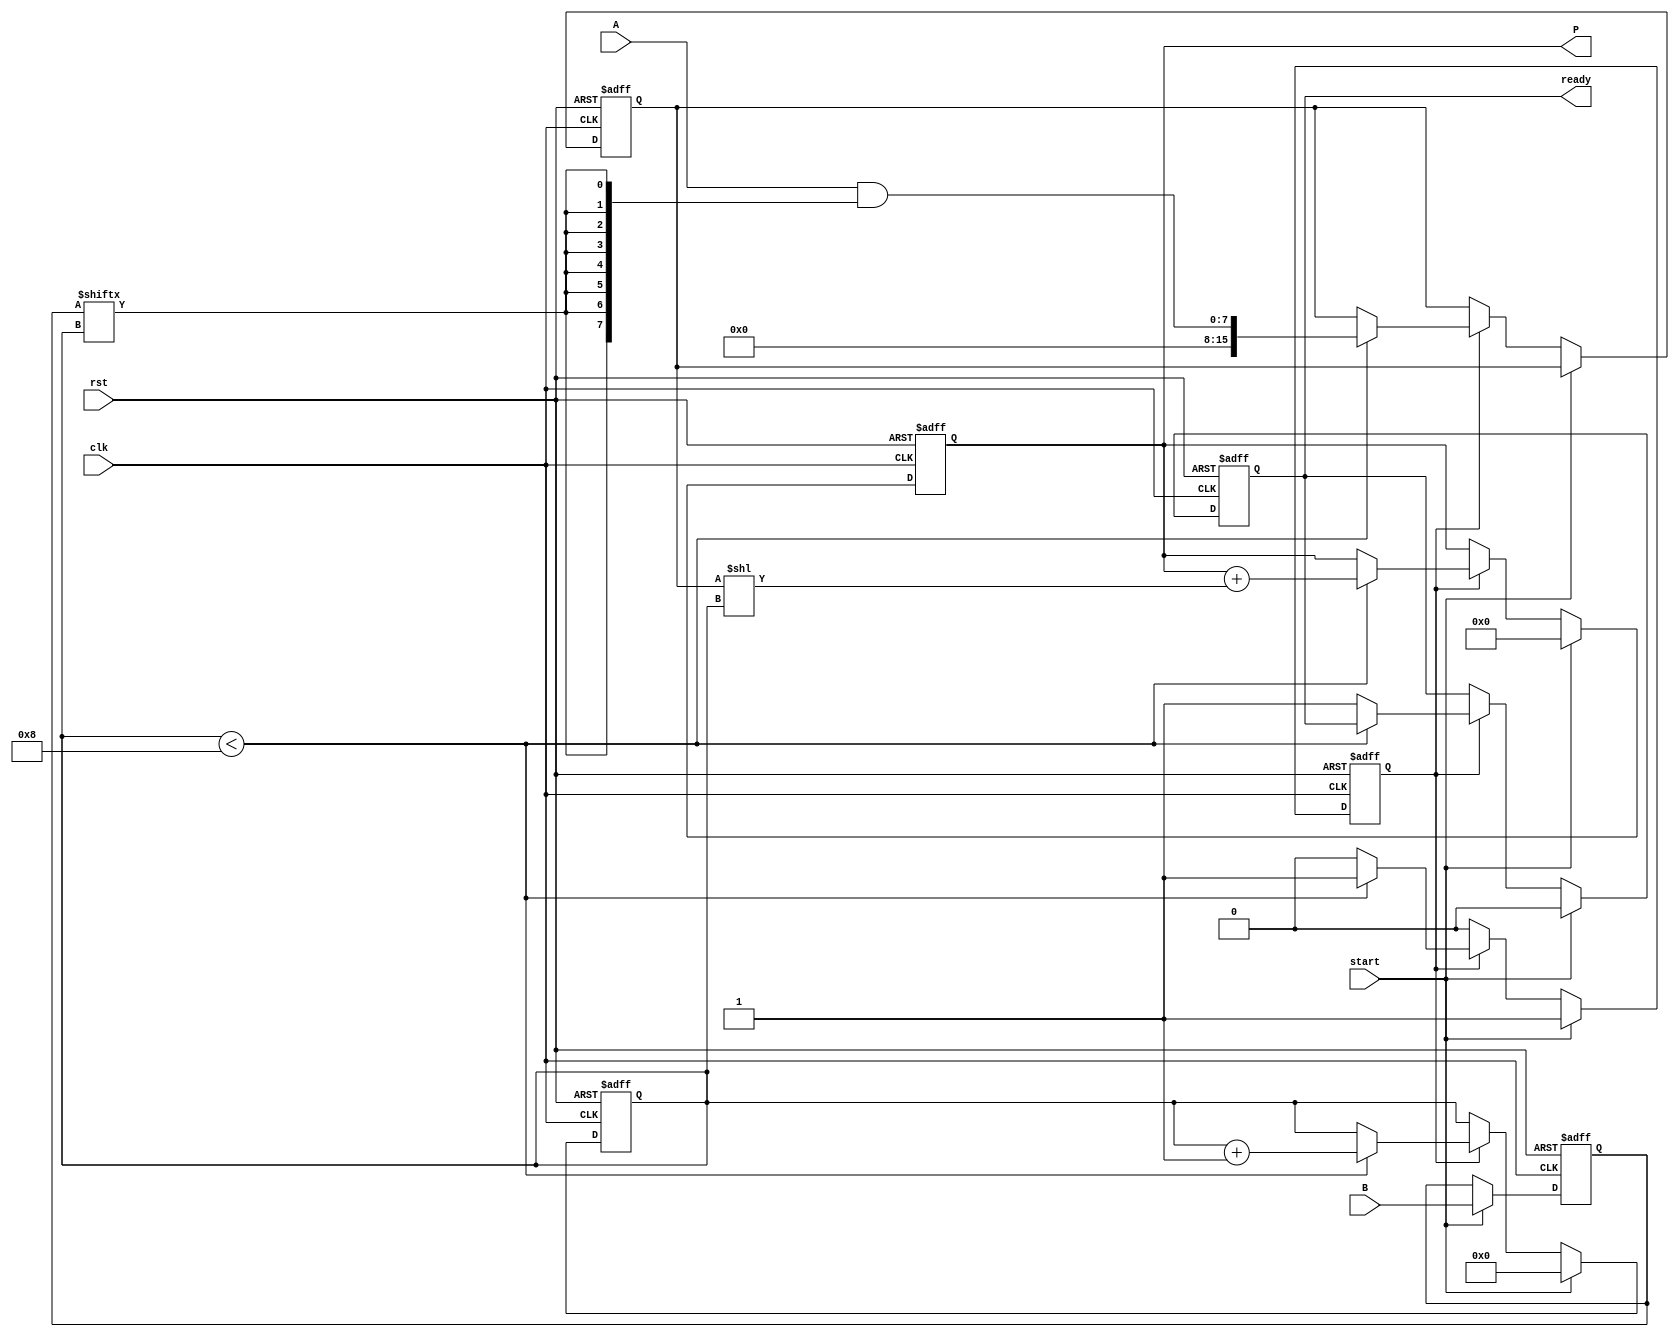
module PartialProductAccumulator #(parameter A_WIDTH = 8, B_WIDTH = 8) (
    input wire [A_WIDTH-1:0] A,         // Multiplicand
    input wire [B_WIDTH-1:0] B,         // Multiplier
    input wire clk,                      // Clock
    input wire rst,                      // Reset
    input wire start,                    // Start signal
    output reg [(A_WIDTH + B_WIDTH - 1):0] P, // Product
    output reg ready                     // Ready signal
);

    reg [B_WIDTH-1:0] multiplier;        // Current state of the multiplier
    reg [(A_WIDTH + B_WIDTH - 1):0] partial_product; // Current partial product
    reg [3:0] count;                     // Count of processed bits
    reg accumulating;                    // Flag to indicate accumulation state

    // Reset and initialization
    always @(posedge clk or posedge rst) begin
        if (rst) begin
            P <= 0;
            multiplier <= 0;
            partial_product <= 0;
            count <= 0;
            ready <= 0;
            accumulating <= 0;
        end else if (start) begin
            // Start the multiplication process
            multiplier <= B;
            P <= 0;
            count <= 0;
            ready <= 0;
            accumulating <= 1;
        end else if (accumulating) begin
            // Generate partial product based on current multiplier bit
            if (count < B_WIDTH) begin
                partial_product <= A & {A_WIDTH{multiplier[count]}};
                P <= P + (partial_product << count); // Shift partial product
                count <= count + 1;
            end else begin
                // Finished accumulating all partial products
                accumulating <= 0;
                ready <= 1; // Indicate that the product is ready
            end
        end
    end
endmodule